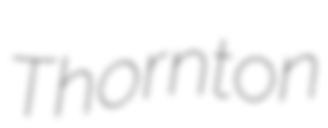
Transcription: Thornton